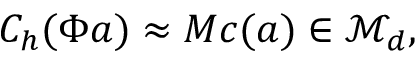
C _ { h } ( \Phi \boldsymbol { a } ) \approx M \boldsymbol { c } ( \boldsymbol { a } ) \in \mathcal { M } _ { d } ,